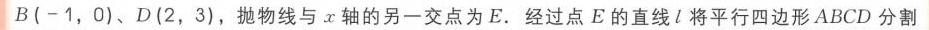
\(B(-1,0)\)、\(D(2,3)\)，抛物线与\(x\)轴的另一交点为\(E\). 经过点\(E\)的直线\(l\)将平行四边形\(ABCD\)分割